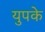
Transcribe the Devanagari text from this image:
युपके